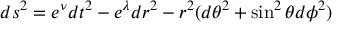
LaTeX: d s ^ { 2 } = e ^ { \nu } d t ^ { 2 } - e ^ { \lambda } d r ^ { 2 } - r ^ { 2 } ( d \theta ^ { 2 } + \sin ^ { 2 } \theta d \phi ^ { 2 } )